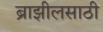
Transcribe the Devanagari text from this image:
ब्राझीलसाठी